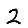
Digit: 2